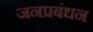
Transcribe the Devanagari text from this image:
जनप्रबंधन